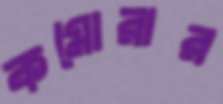
কমোরার